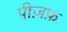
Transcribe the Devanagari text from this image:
पीज़फ़